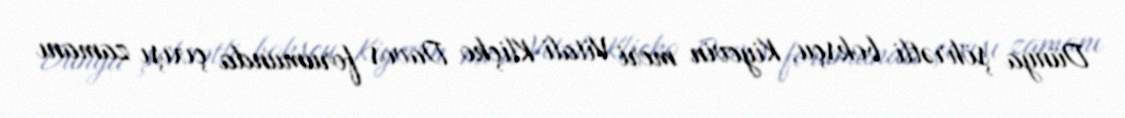
Dünya şöhrətli boksçu, Kiyevin meri Vitali Kliçko Davos forumunda çıxışı zamanı